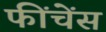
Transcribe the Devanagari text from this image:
फींचेंस